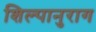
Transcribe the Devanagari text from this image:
शिल्पानुराग